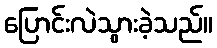
ပြောင်းလဲသွားခဲ့သည်။